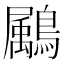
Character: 𪅱